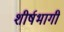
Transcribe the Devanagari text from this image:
शीर्षभागी